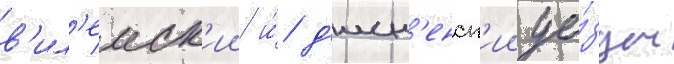
в'ил'еиск'ии и́ д'исн'енск'ии уе́зды